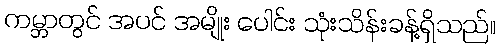
ကမ္ဘာတွင် အပင် အမျိုး ပေါင်း သုံးသိန်းခန့်ရှိသည်။